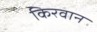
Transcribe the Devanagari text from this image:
किरवान